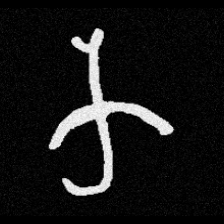
Pyu character \u2014 Myanmar letter: က (romanized: ka)